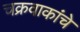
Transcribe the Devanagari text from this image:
चक्रवाकांचे